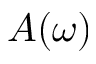
A ( \omega )